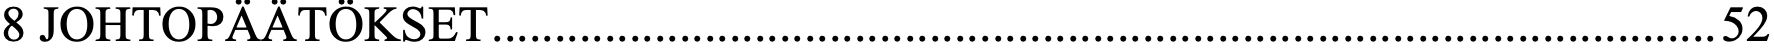
8 JOHTOPÄÄTÖKSET .................................................................................................. 52